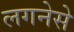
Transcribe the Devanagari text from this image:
लगनेसे